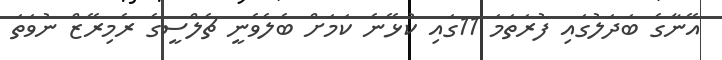
އޭނާގެ ބަދަލުގައި ފުރަތަމަ 11ގައި ކުޅޭނެ ކަމަށް ބެލެވެނީ ޗެލްސީގެ ރެމިރޭޒް ނުވަތަ